Annual administration and progress report of the Indian Medical Department, Bombay
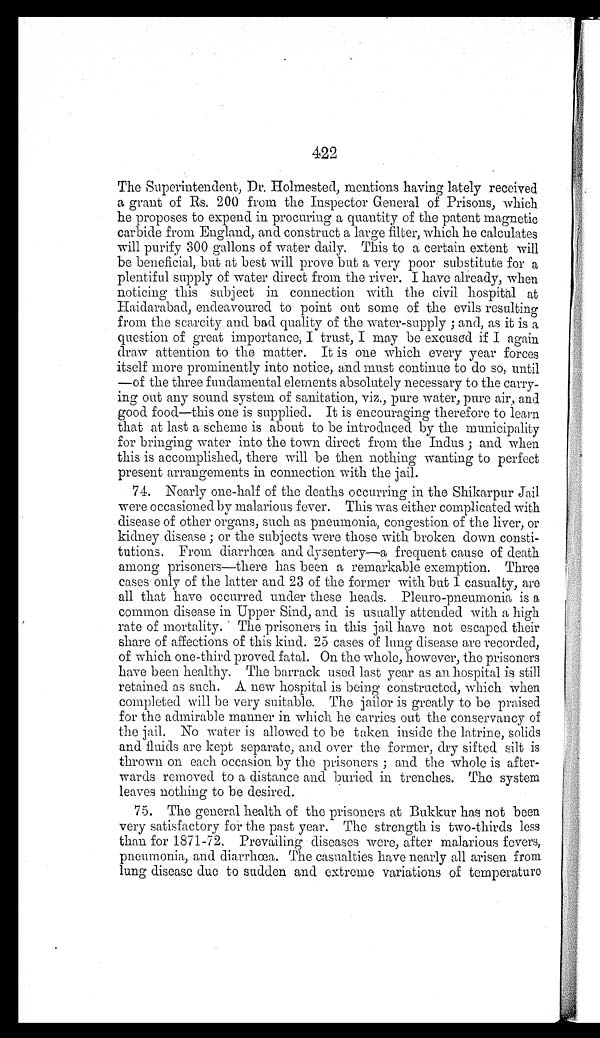
422
The Superintendent, Dr. Holmested, mentions having lately received
a grant of Rs. 200 from the Inspector General of Prisons, which
he proposes to expend in procuring a quantity of the patent magnetic
carbide from England, and construct a large filter, which he calculates
will purify 300 gallons of water daily. This to a certain extent will
be beneficial, but at best will prove but a very poor substitute for a
plentiful supply of water direct from the river. I have already, when
noticing this subject in connection with the civil hospital at
Haidarabad, endeavoured to point out some of the evils resulting
from the scarcity and bad quality of the water-supply; and, as it is a
question of great importance, I trust, I may be excused if I again
draw attention to the matter. It is one which every year forces
itself more prominently into notice, and must continue to do so, until
—of the three fundamental elements absolutely necessary to the carry
-ing out any sound system of sanitation, viz., pure water, pure air, and
good food—this one is supplied. It is encouraging therefore to learn
that at last a scheme is about to be introduced by the municipality
for bringing water into the town direct from the Indus; and when
this is accomplished, there will be then nothing wanting to perfect
present arrangements in connection with the jail.
74. Nearly one-half of the deaths occurring in the Shikarpur Jail
were occasioned by malarious fever. This was either complicated with
disease of other organs, such as pneumonia, congestion of the liver, or
kidney disease; or the subjects were those with broken down consti
-tutions. From diarrhœa and dysentery—a frequent cause of death
among prisoners—there has been a remarkable exemption. Three
cases only of the latter and 23 of the former with but 1 casualty, are
all that have occurred under these heads. Pleuro-pneumonia is a
common disease in Upper Sind, and is usually attended with a high
rate of mortality. The prisoners in this jail have not escaped their
share of affections of this kind. 25 cases of lung disease are recorded,
of which one-third proved fatal. On the whole, however, the prisoners
have been healthy. The barrack used last year as an hospital is still
retained as such. A new hospital is being constructed, which when
completed will be very suitable. The jailor is greatly to be praised
for the admirable manner in which he carries out the conservancy of
the jail. No water is allowed to be taken inside the latrine, solids
and fluids are kept separate, and over the former, dry sifted silt is
thrown on each occasion by the prisoners; and the whole is after
-wards removed to a distance and buried in trenches. The system
leaves nothing to be desired.
75. The general health of the prisoners at Bukkur has not been
very satisfactory for the past year. The strength is two-thirds less
than for 1871-72. Prevailing diseases were, after malarious fevers,
pneumonia, and diarrhœa. The casualties have nearly all arisen from
lung disease due to sudden and extreme variations of temperatur e